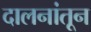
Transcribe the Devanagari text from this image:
दालनांतून